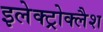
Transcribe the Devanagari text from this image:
इलेक्ट्रोक्लैश